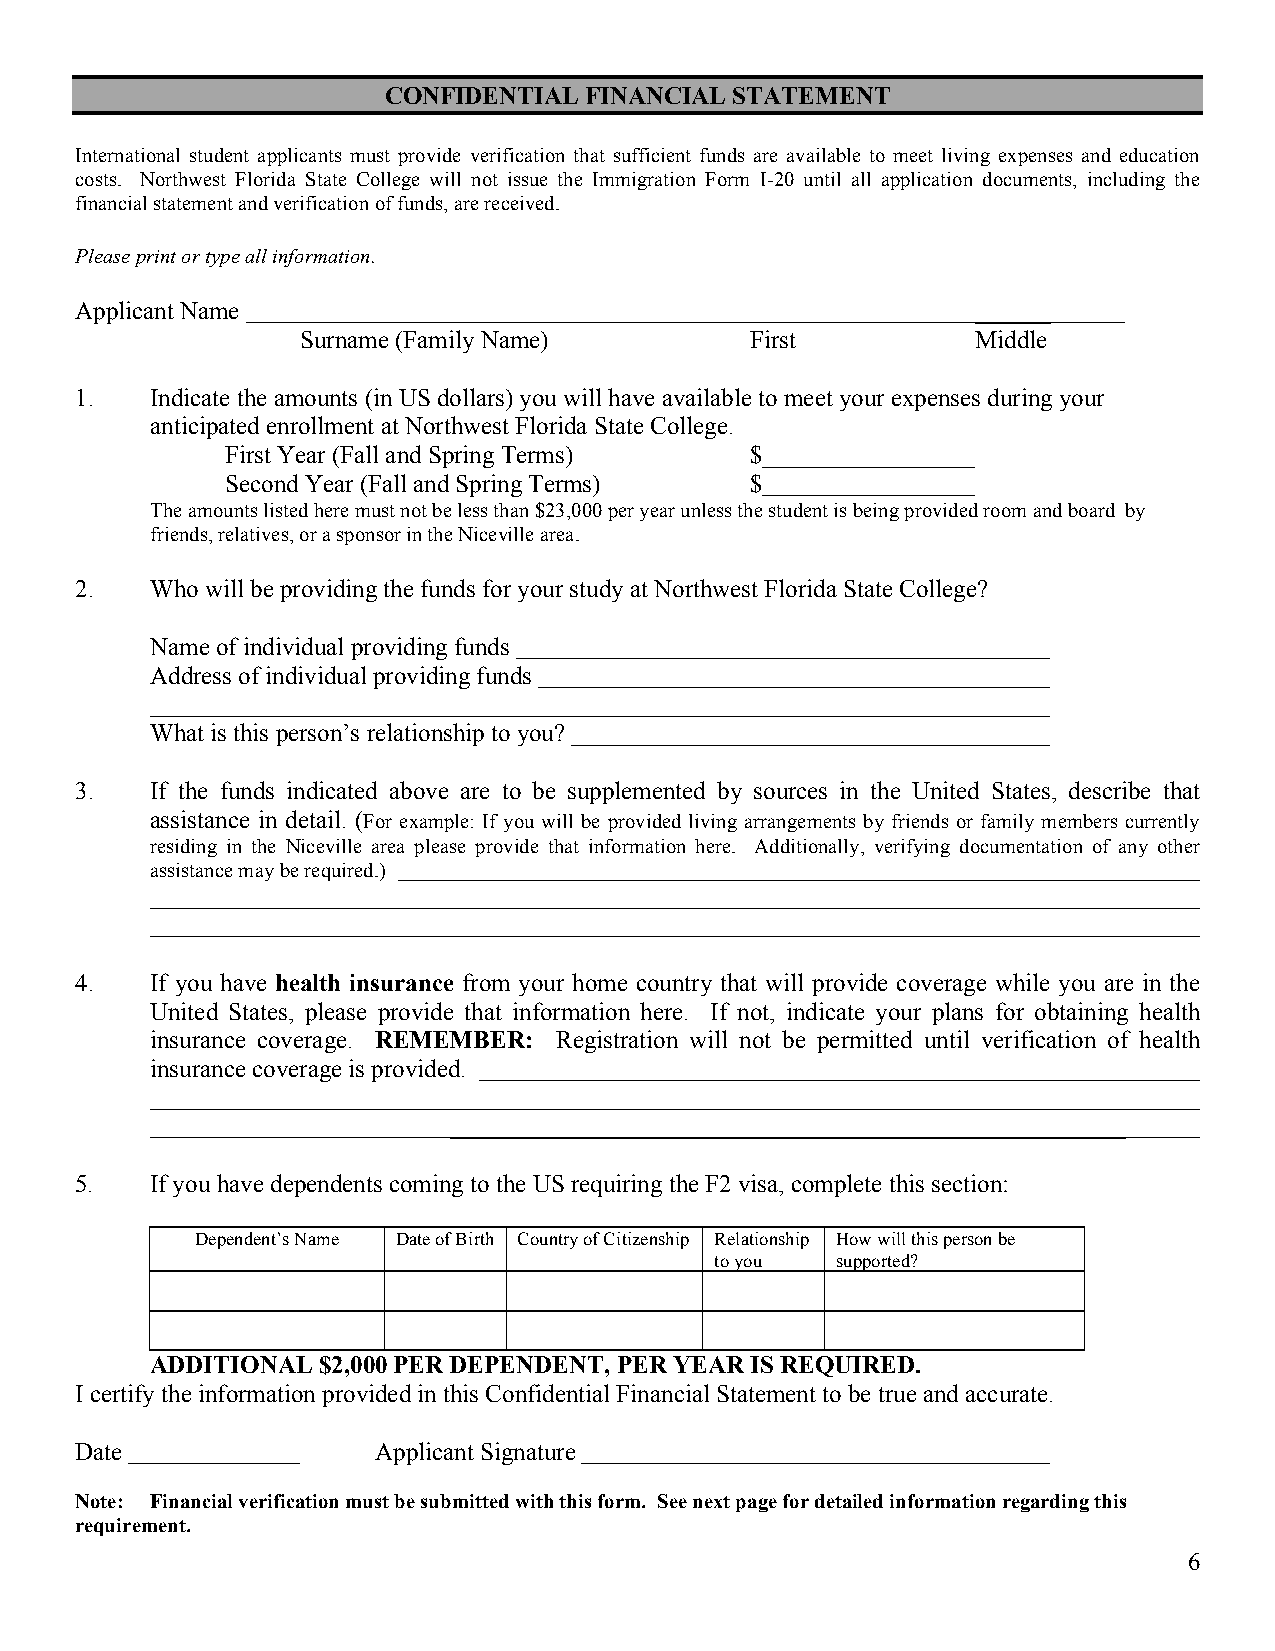
CONFIDENTIAL  FINANCIAL STATEMENT
 International student applicants must provide verification that sufficient funds are available to meet living expenses and education
 costs. Northwest Florida State College will not issue the Immigration Form I-20 until all application documents, including the
 financial statement and verification of funds, are received.
 Please print or type all information.
 Applicant Name                                              ______
 Surname (Family Name)         First          Middle
 1.   Indicate the amounts (in US dollars) you will have available to meet your expenses during your
 anticipated enrollment at Northwest Florida State College.
 First Year (Fall and Spring Terms) $
 Second Year (Fall and Spring Terms) $
 The amounts listed here must not be less than $23,000 per year unless the student is being provided room and board by
 friends, relatives, or a sponsor in the Niceville area.
 2.   Who will be providing the funds for your study at Northwest Florida State College?
 Name of individual providing funds
 Address of individual providing funds
 What is this person’s relationship to you?
 3.   If the funds indicated above are to be supplemented by sources in the United States, describe that
 assistance in detail. (For example: If you will be provided living arrangements by friends or family members currently
 residing in the Niceville area please provide that information here. Additionally, verifying documentation of any other
 assistance may be required.)
 4.   If you have health insurance from your home country that will provide coverage while you are in the
 United States, please provide that information here. If not, indicate your plans for obtaining health
 insurance coverage. REMEMBER: Registration will not be permitted until verification of health
 insurance coverage is provided.
 ______________________________________________________
 5.   If you have dependents coming to the US requiring the F2 visa, complete this section:
 Dependent’s Name Date of Birth Country of Citizenship Relationship How will this person be
 to you  supported?
 ADDITIONAL $2,000 PER DEPENDENT, PER YEAR IS REQUIRED.
 I certify the information provided in this Confidential Financial Statement to be true and accurate.
 Date                Applicant Signature
 Note: Financial verification must be submitted with this form. See next page for detailed information regarding this
 requirement.
 6